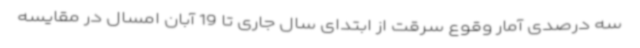
سه درصدی آمار وقوع سرقت از ابتدای سال جاری تا 19 آبان امسال در مقایسه